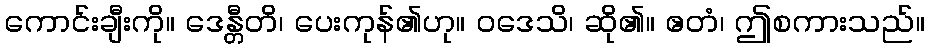
ကောင်းချီးကို။ ဒေန္တီတိ၊ ပေးကုန်၏ဟု။ ဝဒေသိ၊ ဆို၏။ ဧတံ၊ ဤစကားသည်။